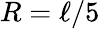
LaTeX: R=\ell/5